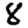
Digit: 8